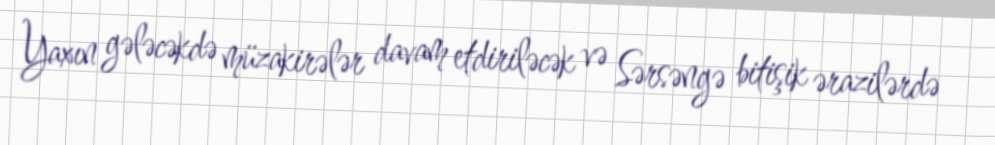
Yaxın gələcəkdə müzakirələr davam etdiriləcək və Sərsəngə bitişik ərazilərdə